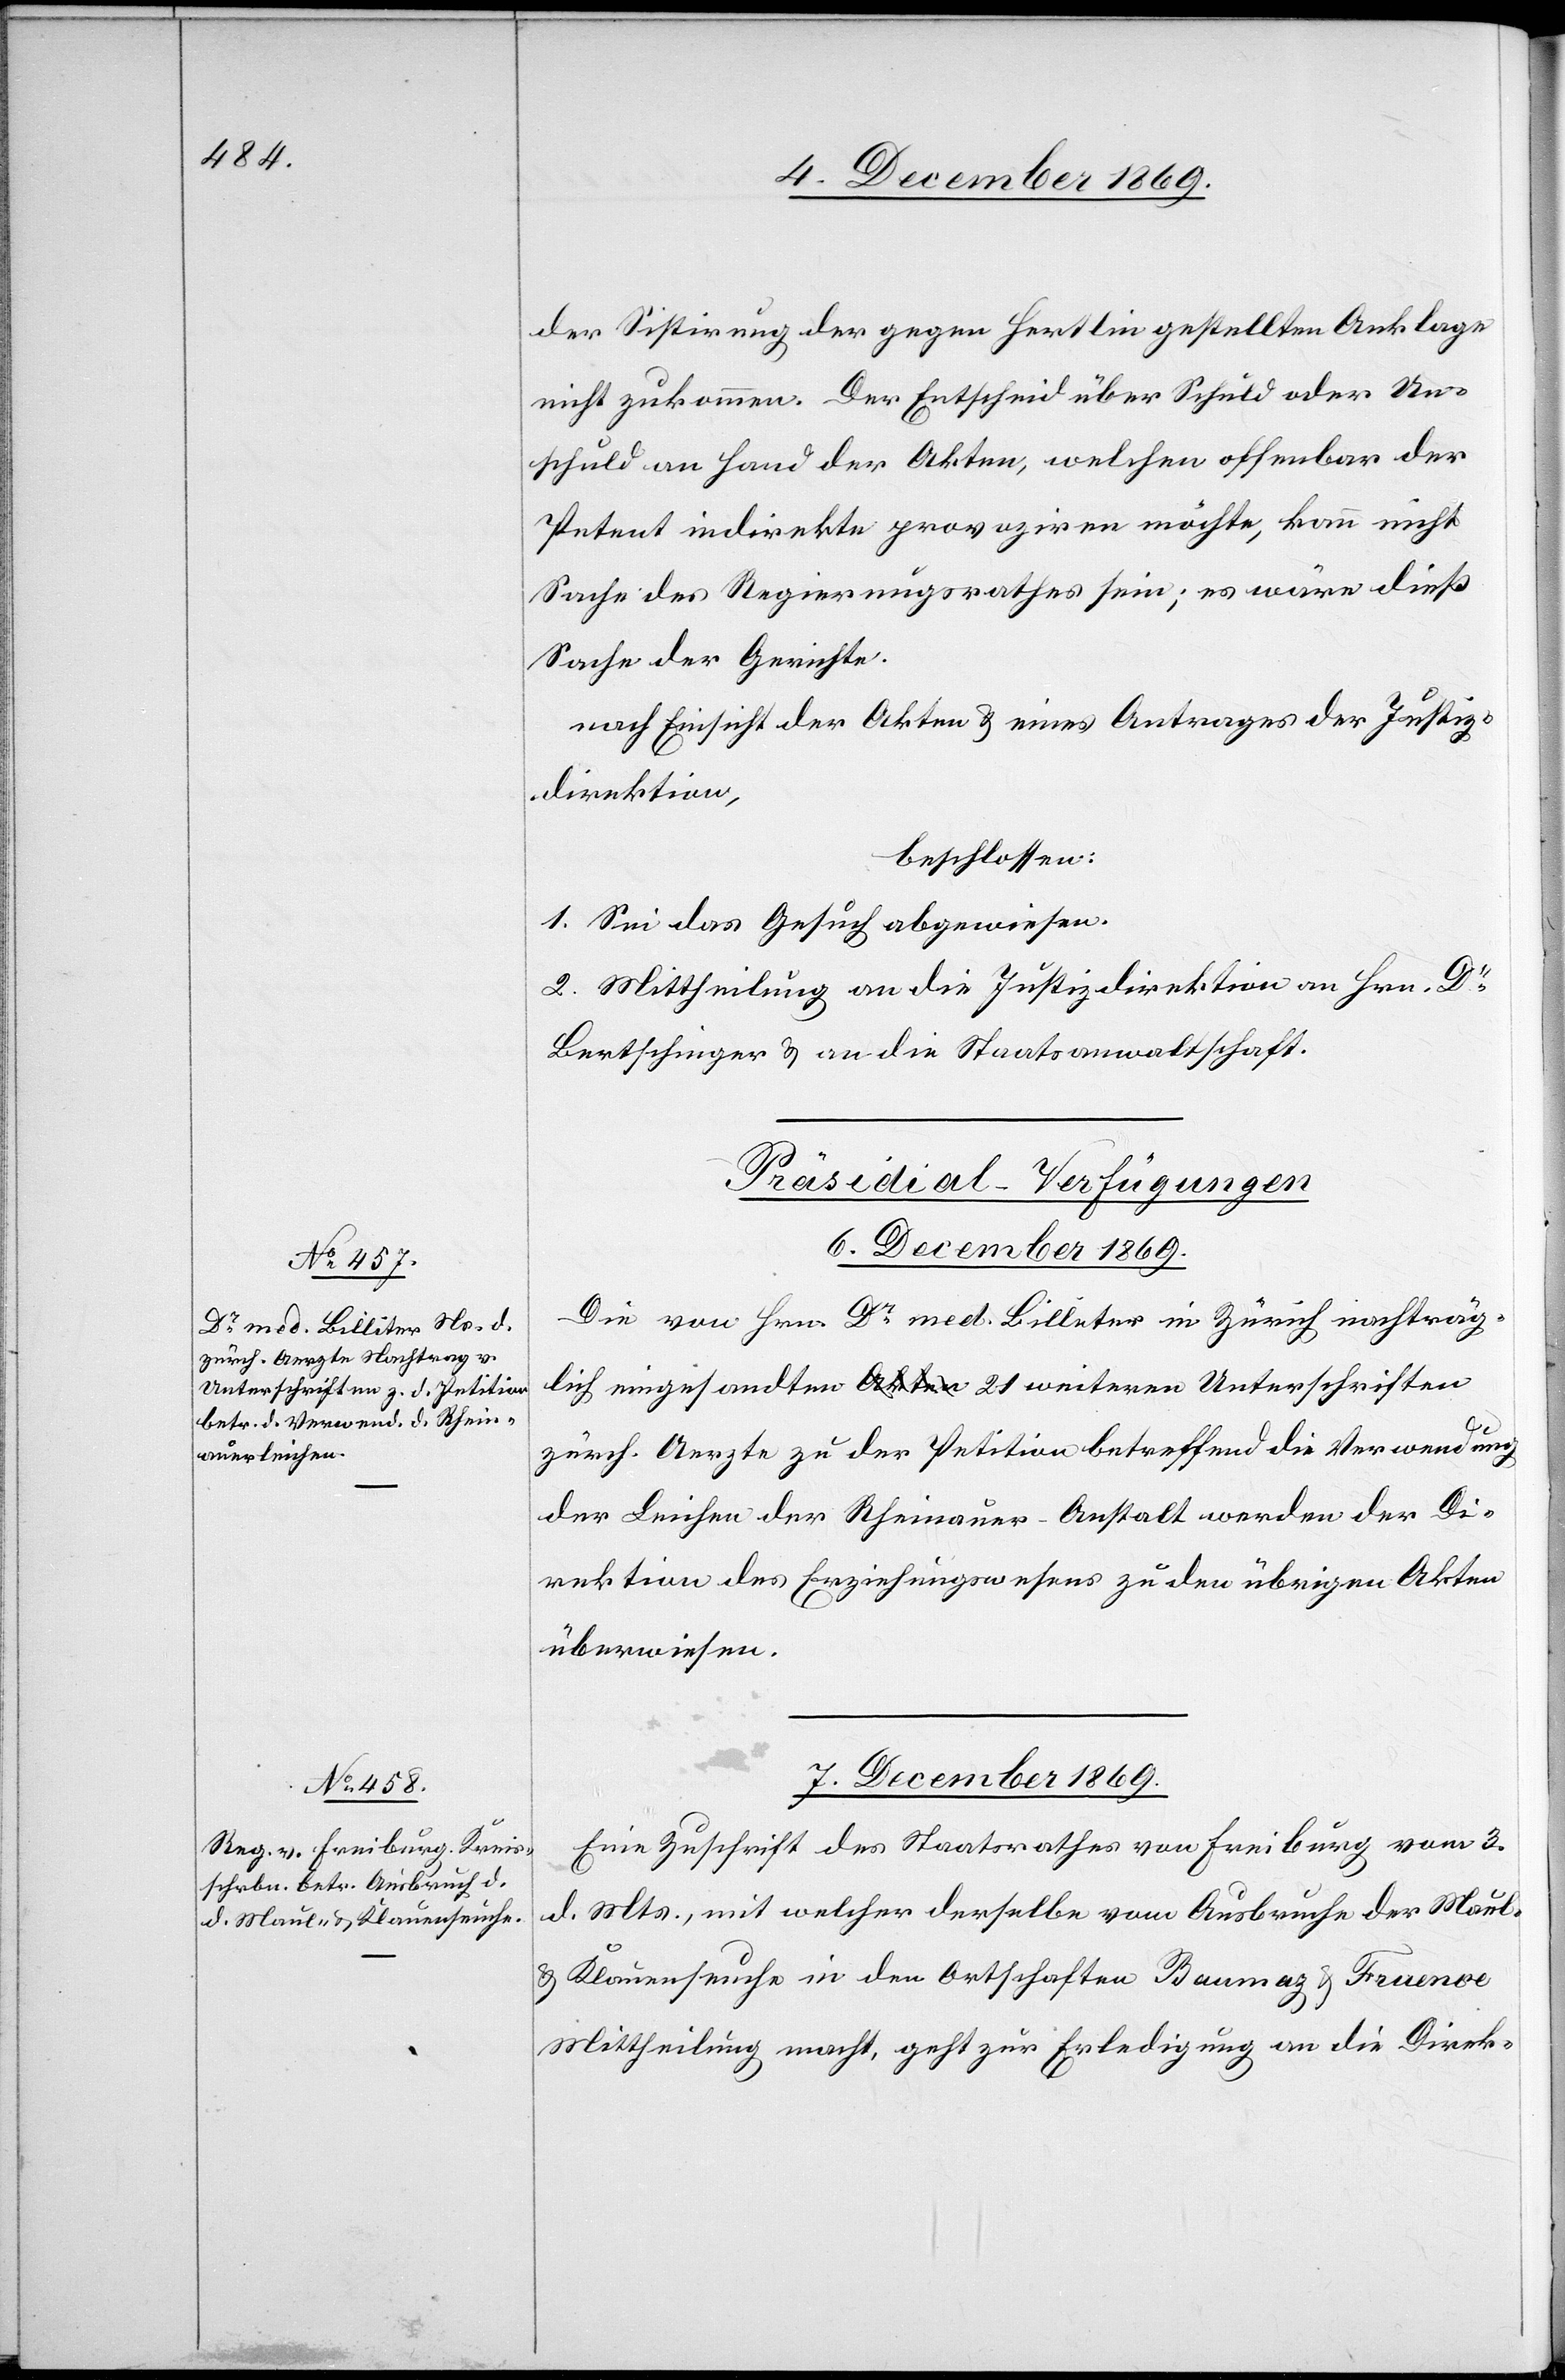
der Sistirung der gegen Hertlin gestellten Anklage
nicht zukommen. Der Entscheid über Schuld oder Un¬
schuld an Hand der Akten, welchen offenbar der
Petent indirekte provoziren möchte, kann nicht
Sache des Regierungsrathes sein; es wäre dieß
Sache der Gerichte.
nach Einsicht der Akten & eines Antrages der Justiz¬
direktion,
beschlossen:
1. Sei das Gesuch abgewiesen.
2. Mittheilung an die Justizdirektion an Hrn. Dr
Bertschinger & an die Staatsanwaltschaft.
[Präsidial-Verfügungen]
6. December 1869.
Die von Hrn. Dr med. Billeter [sic!] in Zürich nachträg¬
lich eingesandten a-Akten-a 21 weiteren Unterschriften
zürch. Aerzte zu der Petition betreffend die Verwendung
der Leichen der Rheinauer-Anstalt werden der Di¬
rektion des Erziehungswesens zu den übrigen Akten
überwiesen.
7. December 1869.
Eine Zuschrift des Staatsrathes von Freiburg vom 3.
d. Mts., mit welcher derselbe vom Ausbruche der Maul-
& Klauenseuche in den Ortschaften Baumaz & Fruence
Mittheilung macht, geht zur Erledigung an die Direk-